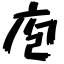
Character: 庖